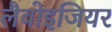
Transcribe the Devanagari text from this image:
लैवोइजियर